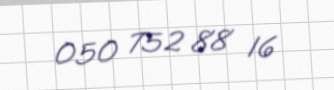
050 752 88 16